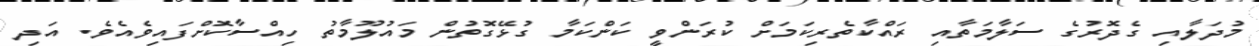
މުދަލާއި ގެދޮރުގެ ސަލާމަތާއި ރައްކާތެރިކަމަށް ކުރަންވީ ކަންކަމާ ގުޅޭގޮތުން މައުލޫމާތު ހިއްސާކޮށްފައިވެއެވެ. އަދި